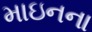
માઇનના